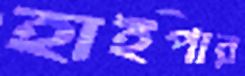
হাইপার